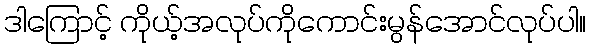
ဒါကြောင့် ကိုယ့်အလုပ်ကိုကောင်းမွန်အောင်လုပ်ပါ။